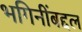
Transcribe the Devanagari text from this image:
भगिनींबद्दल